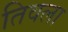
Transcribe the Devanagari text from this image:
तिवला